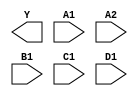
module sky130_fd_sc_ls__o2111ai (
    Y ,
    A1,
    A2,
    B1,
    C1,
    D1
);

    output Y ;
    input  A1;
    input  A2;
    input  B1;
    input  C1;
    input  D1;

    // Voltage supply signals
    supply1 VPWR;
    supply0 VGND;
    supply1 VPB ;
    supply0 VNB ;

endmodule